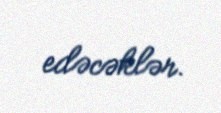
edəcəklər.